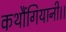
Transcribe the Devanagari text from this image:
कथौंगियानी।।